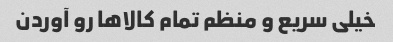
خیلی سریع و منظم تمام کالاها رو آوردن